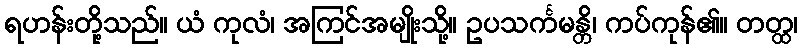
ရဟန်းတို့သည်။ ယံ ကုလံ၊ အကြင်အမျိုးသို့။ ဥပသင်္ကမန္တိ၊ ကပ်ကုန်၏။ တတ္ထ၊